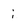
Character: i